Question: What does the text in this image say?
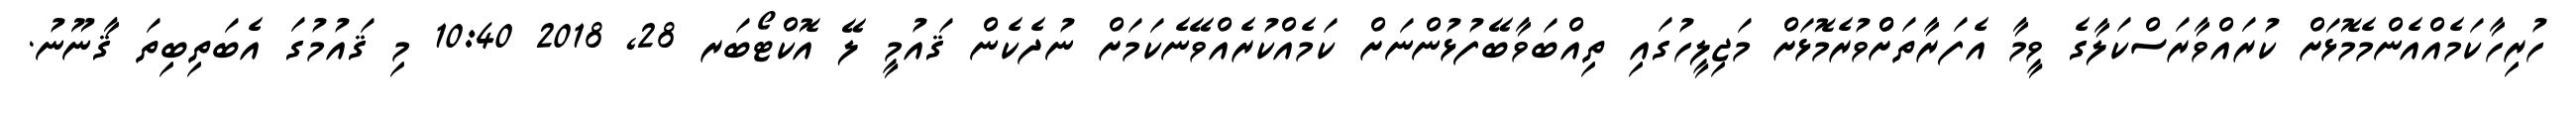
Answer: ހުރިހާކަމެއްއެންމެމޮޅަށް ކުރައްވާރަސްކަލާގެ ވީމާ އެފަރާތަށްްވުރެމޮޅަށް މަޖިލީހުގައި ތިއްބަވާބޭފުޅުންނަށް ކަމެއްކުރެއްވޭނެކަމަށް ނުދެކެން ޤައުމީ ލޭ އޮކްޓޯބަރ 28, 2018 10:40 މި ޤައުމުގަ އެބަތިބިތަ ޤާނޫނު.